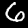
Digit: 6